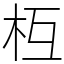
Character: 枑